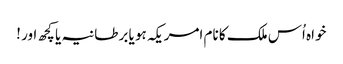
خواہ اُس ملک کا نام امریکہ ہو یا برطانیہ یا کچھ اور !